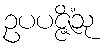
ဥပပဇ္ဇိံသု